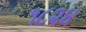
૧૮૨૪